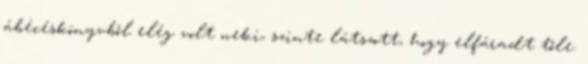
ábécéskönyvből elég volt neki, szinte látszott, hogy elfáradt tőle.